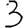
Digit: 3